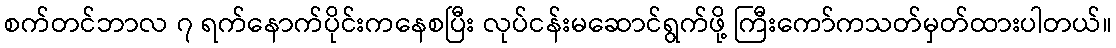
စက်တင်ဘာလ ၇ ရက်နောက်ပိုင်းကနေစပြီး လုပ်ငန်းမဆောင်ရွက်ဖို့ ကြီးကော်ကသတ်မှတ်ထားပါတယ်။